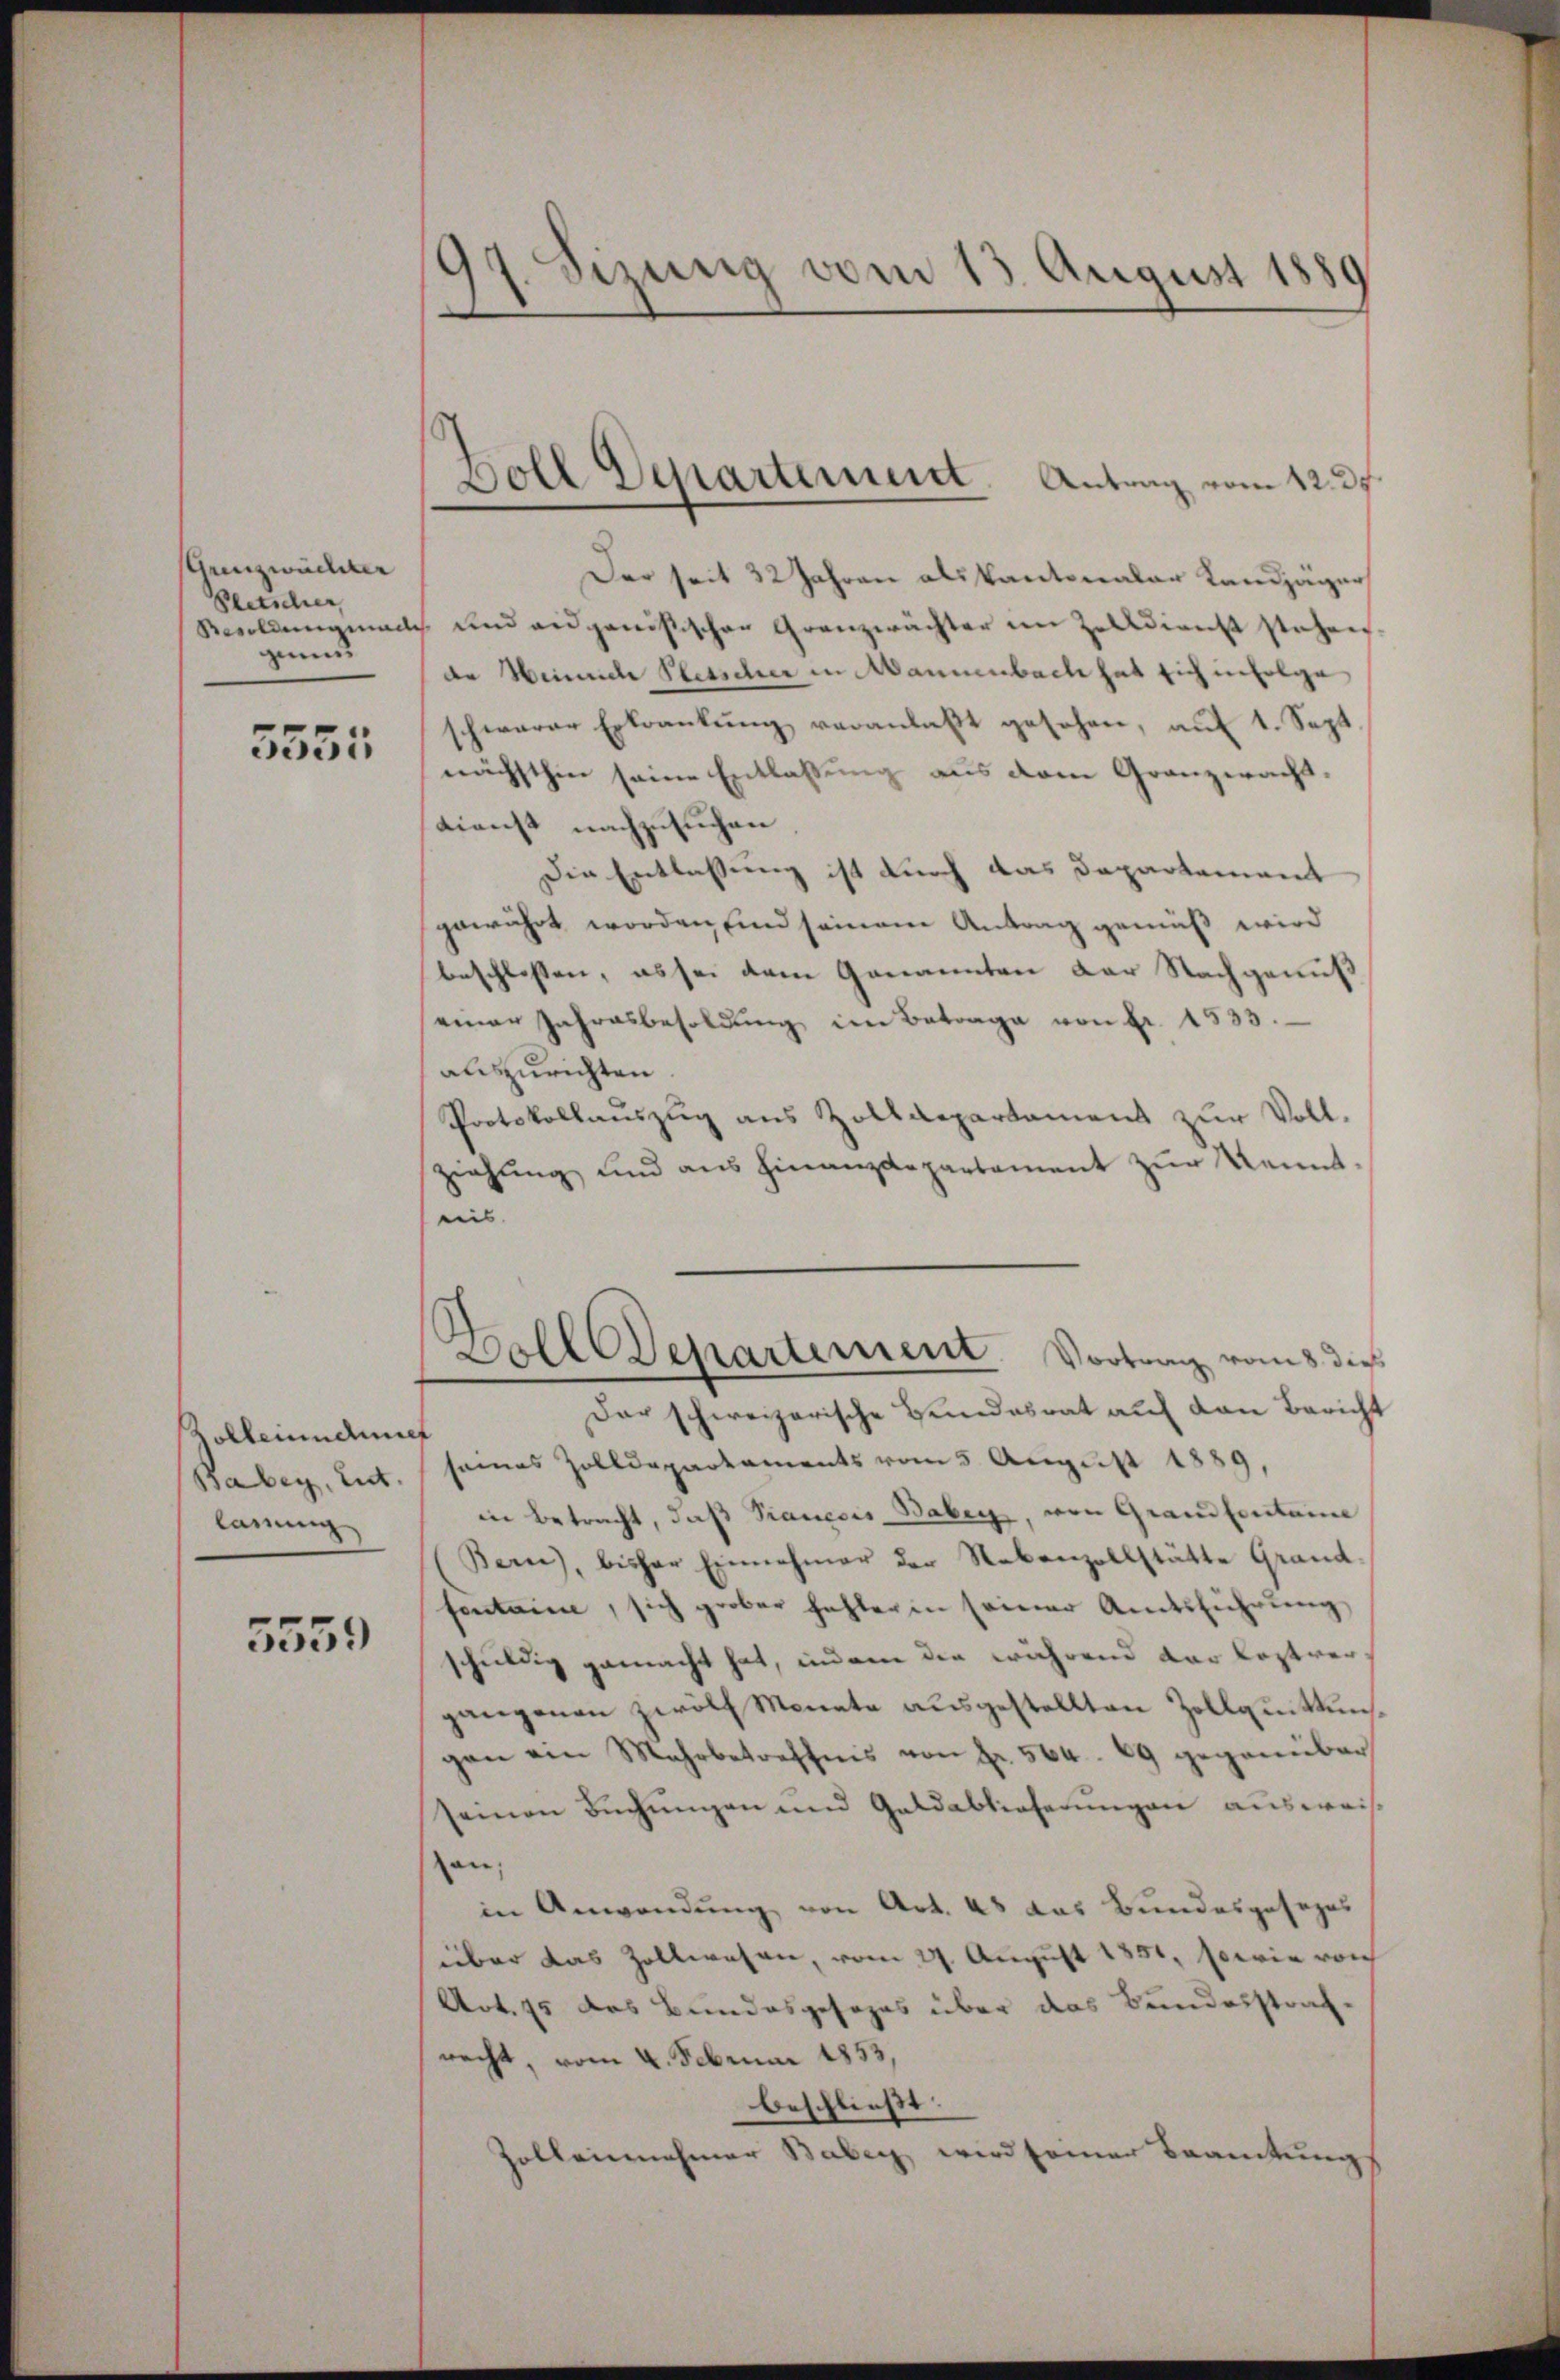
Aunzwachter
Petscher,
ginns

3555

Zolleines
Babey, Lut
lanung

5559

7. Sizung vom 13. August 1880

Boll Departement. Antrag vom 12.3.

Der seit 32 Jahren als kantonalar Landjäger
Besoldung manch und eidgenößischen Granzwächter im Zolldienst stehen
de Heinrich Pletscher in Mannenbach hat sich infolge
schwerer Erkrankung veranlaßt gesehen, auf 1. Sept.
nächsthin seine Entlassung aus dem Granzwacht,
Dienst nachzusuchen
Die Entlassung ist durch das Departement
gewährt worden sind seinem Antrag gemäß wird
beschlossen, es sei dem Genannten der Nachgenuß
einer Jahresbesoldŭng im Betrage von Fr. 1533.
auszurichten.
Protokollauszug aus Zolldepartament zŭr Voll-
ziehung und aus hinanzdepartament zŭr Kennt,
ei |
Zolldepartement. Vortrag vom 8. dies
Der schweizerische Handesrat auf den Bericht
e
seines Zolldepartaments vom 5. August 1889,
in Betracht, daß Sranesis Babey, von Grandforitaine
Bern, bisher Einnahmer der Nebenzollstätte Grand-
sentaine, sich grober fehler in seiner Amtsführŭng
schuldig gemacht hat, indem die während der leztvergangenen zwölf Monate ausgestellten Zollquittungen ein Mehrbetreffnis von Fr. 564. 69 gegenüber
seinen Buchungen und Goldablieferungen ausweis
an;
in Anwendung von Art. 48 das Bundesgesezes
über das Zollwesen, vom 27. August 1851, sowie von
Art. 15 des Bundesgesezes über das Bundesstraf-
recht, vom 4. Februar 1853,
beschließt:
Zollenehmer Baber wird seiner Beamtung